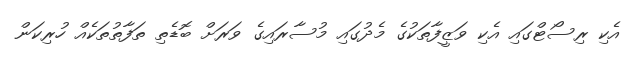
އެކި ރިސޯޓްގައި އެކި ވަޒީފާތަކުގެ މެދުގައި މުސާރައިގެ ވަރަށް ބޮޑެތި ތަފާތުތަކެއް ހުރިކަން